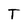
Character: T